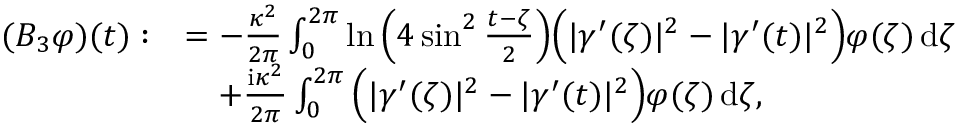
\begin{array} { r l } { ( B _ { 3 } \varphi ) ( t ) : } & { = - \frac { \kappa ^ { 2 } } { 2 \pi } \int _ { 0 } ^ { 2 \pi } \ln \Big ( 4 \sin ^ { 2 } \frac { t - \zeta } { 2 } \Big ) \Big ( | \gamma ^ { \prime } ( \zeta ) | ^ { 2 } - | \gamma ^ { \prime } ( t ) | ^ { 2 } \Big ) \varphi ( \zeta ) \, \mathrm { d } \zeta } \\ & { \quad + \frac { \mathrm { i } \kappa ^ { 2 } } { 2 \pi } \int _ { 0 } ^ { 2 \pi } \Big ( | \gamma ^ { \prime } ( \zeta ) | ^ { 2 } - | \gamma ^ { \prime } ( t ) | ^ { 2 } \Big ) \varphi ( \zeta ) \, \mathrm { d } \zeta , } \end{array}